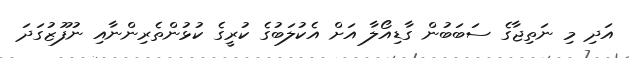
އަދި މި ނަތިޖާގެ ސަބަބުން ގާޑިއޯލާ އަށް އެކުލަބުގެ ކުރީގެ ކުޅުންތެރިންނާއި ނުފޫޒުގަދަ